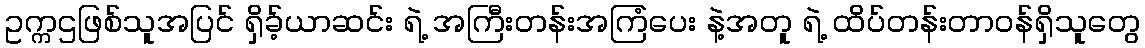
ဥက္ကဌဖြစ်သူအပြင် ရှိခ့်ယာဆင်း ရဲ့ အကြီးတန်းအကြံပေး နဲ့အတူ ရဲ့ ထိပ်တန်းတာဝန်ရှိသူတွေ